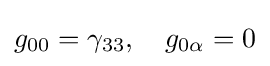
g_{00}=\gamma _{33},\quad g_{0\alpha }=0